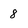
Character: 8